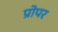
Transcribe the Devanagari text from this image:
प्रोपर